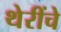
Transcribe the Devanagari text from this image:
थेरींचे